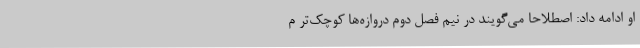
او ادامه داد: اصطلاحا می‌گویند در نیم فصل دوم دروازه‌ها کوچک‌تر م